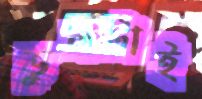
ভুলটাই